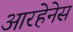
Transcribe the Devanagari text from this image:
आरहेनेस